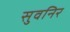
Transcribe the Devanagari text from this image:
सुवनिर